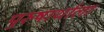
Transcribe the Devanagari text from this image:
पुरुषार्थाला